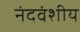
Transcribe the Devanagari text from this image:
नंदवंशीय